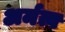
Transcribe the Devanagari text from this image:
अर्मत्व